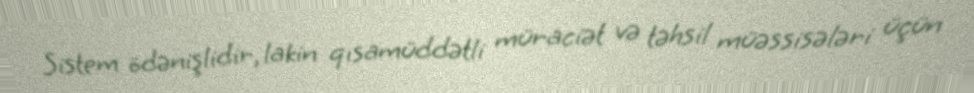
Sistem ödənişlidir, lakin qısamüddətli müraciət və təhsil müəssisələri üçün